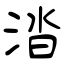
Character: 涾